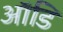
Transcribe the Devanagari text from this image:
ऑडि